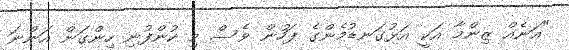
"އަނެއް ޒިންމާ އަކީ އަޅުގަނޑުމެންގެ ފަހުން ވެސް މި ކުންފުނި ހިންގަން އަންނަ